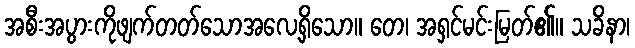
အစီးအပွားကိုဖျက်တတ်သောအလေ့ရှိသော။ တေ၊ အရှင်မင်းမြတ်၏။ သခိနာ၊